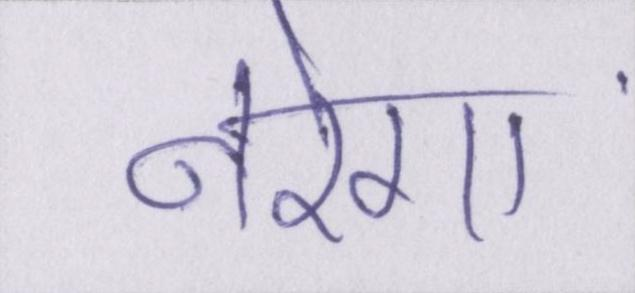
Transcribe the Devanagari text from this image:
नरेगा